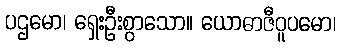
ပဌမော၊ ရှေးဦးစွာသော။ ယောဓာဇီဝူပမော၊